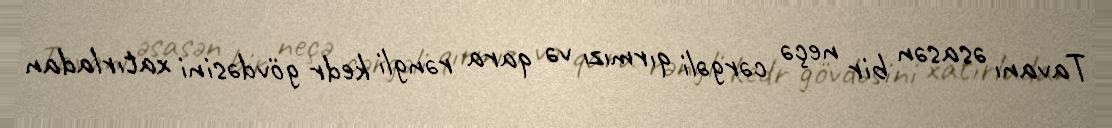
Tavanı əsasən bir neçə cərgəli qırmızı və qara rəngli kedr gövdəsini xatırladan